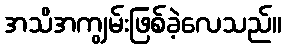
အသိအကျွမ်းဖြစ်ခဲ့လေသည်။